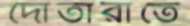
দোতারাতে